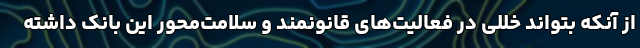
از آنکه بتواند خللی در فعالیت‌های قانونمند و سلامت‌محور این بانک داشته